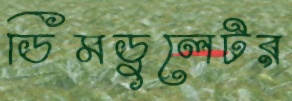
ডিমডুলেটর